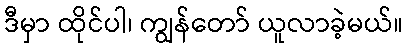
ဒီမှာ ထိုင်ပါ၊ ကျွန်တော် ယူလာခဲ့မယ်။